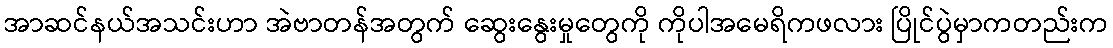
အာဆင်နယ်အသင်းဟာ အဲဗာတန်အတွက် ဆွေးနွေးမှုတွေကို ကိုပါအမေရိကဖလား ပြိုင်ပွဲမှာကတည်းက